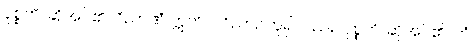
ဝုစ္စတိ၊ ဆိုအပ်၏။ ဝိညာဏံ ဣတိပိ၊ ဝိညာဉ်ဟူ၍လည်း။ ဝုစ္စတိ၊ ဆိုအပ်၏။ တံ၊